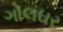
ગોલઘર